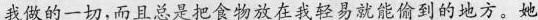
我做的一切,而且总是把食物放在我轻易就能偷到的地方。她